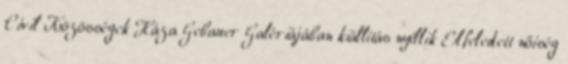
Civil Közösségek Háza Gebauer Galériájában kiállítás nyíllik Elfeledett nőiség